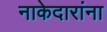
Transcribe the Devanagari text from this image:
नाकेदारांना